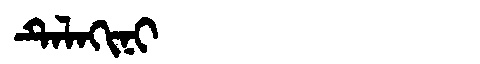
Manchu: ᡨᡝᠯᠠᡴᡳᠨᡳ
Romanization: TELAKINI